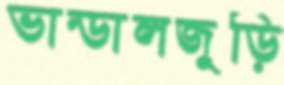
ভান্ডালজুড়ি